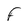
Character: F